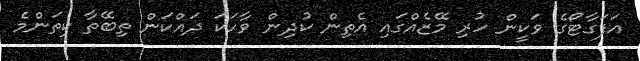
އަފަގާޓޯގެ ވަކީން ހުރި މޭޒެއްގައި އެތިން ކުދިން ވާހަކަ ދައްކަން ތިބޭތާ ކިތަންމެ